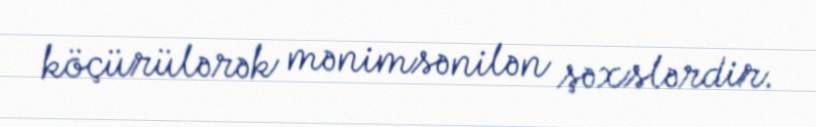
köçürülərək mənimsənilən şəxslərdir.